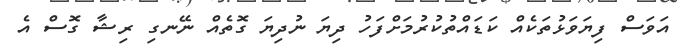
އަވަސް ފިޔަވަޅުތަކެއް ކަޑައްތުކުރުމަށްފަހު ދިޔަ ނުދިޔަ ގޮތެއް ނޭނގި ރިޝާ ގޮސް އެ